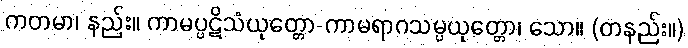
ကတမာ၊ နည်း။ ကာမပ္ပဋိသံယုတ္တော-ကာမရာဂသမ္ပယုတ္တော၊ သော။ (တနည်း။)